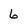
Character: 6